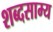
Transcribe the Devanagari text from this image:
शब्दसाम्य